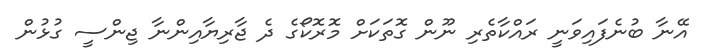
އޭނާ ބުނެފައިވަނީ ރައްކާތެރި ނޫން ގޮތަކަށް މޮރޮކޯގެ ދެ ޖާރިޔާއިންނާ ޖިންސީ ގުޅުން